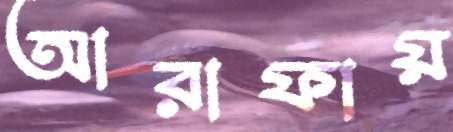
আরাফায়